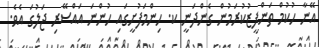
އޭނާ ހުކުމް ތަންފީޒުކުރަމުން ގެންދަނީ ކ. ހިންމަފުށީގައި ހުންނަ އައްސޭރި ޖަލުގަ އެވެ.